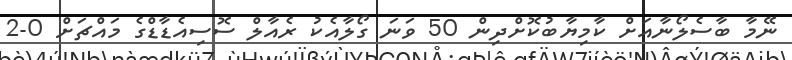
ނޭމާ ބާސެލޯނާއަށް ކާމިޔާބުކޮށްދިން 50 ވަނަ ގޯލާއެކު ރެއާލް ސޮސިއެޑާޑްގެ މައްޗަށް 0-2